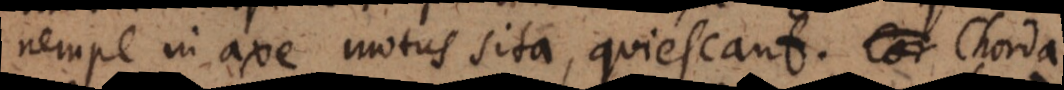
nempe in axe motus sita, quiescant. Chorda